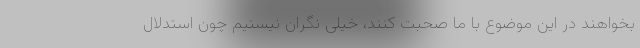
بخواهند در این موضوع با ما صحبت کنند، خیلی نگران نیستیم چون استدلال